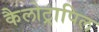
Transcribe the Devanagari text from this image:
कैलोट्रापिल